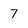
Character: 7